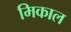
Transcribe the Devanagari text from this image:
मिकाल